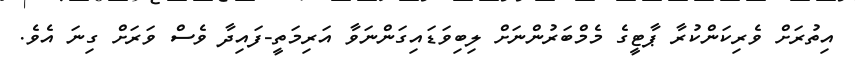
އިތުރަށް ވެރިކަންކުރާ ޕާޓީގެ މެމްބަރުންނަށް ލިބިވަޑައިގަންނަވާ އަރިމަތީ-ފައިދާ ވެސް ވަރަށް ގިނަ އެވެ.